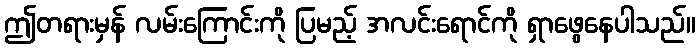
ဤတရားမှန် လမ်းကြောင်းကို ပြမည့် အလင်းရောင်ကို ရှာဖွေနေပါသည်။